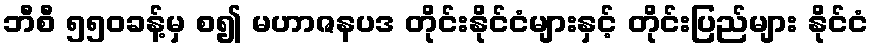
ဘီစီ ၅၅၀ခန့်မှ စ၍ မဟာဇနပဒ တိုင်းနိုင်ငံများနှင့် တိုင်းပြည်များ နိုင်ငံ